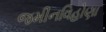
જમીનવિહોણા